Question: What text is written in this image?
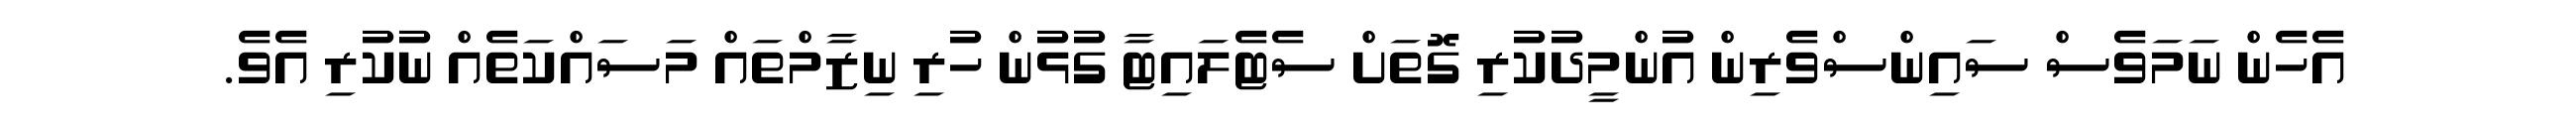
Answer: އެހެން ނަމަވެސް ސައިންސްވެރިން އުންމީދުކުރި ގޮތަށް ސެޓެލައިޓާ ގުޅުން ހުރި ނިޒާމްތައް މަސައްކަތެއް ނުކުރި އެވެ.